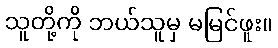
သူတို့ကို ဘယ်သူမှ မမြင်ဖူး။